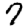
Digit: 7